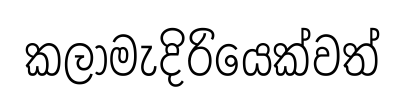
කලාමැදිරියෙක්වත්